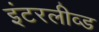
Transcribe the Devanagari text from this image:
इंटरलीव्ड